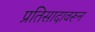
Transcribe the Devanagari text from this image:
प्रतिसादावरून